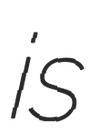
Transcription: is